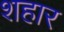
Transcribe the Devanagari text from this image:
शहार